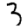
Digit: 3